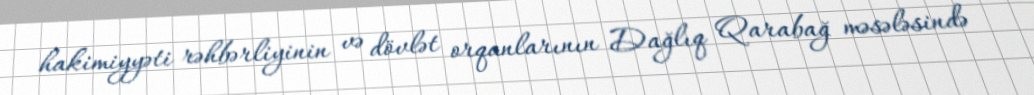
hakimiyyəti rəhbərliyinin və dövlət orqanlarının Dağlıq Qarabağ məsələsində